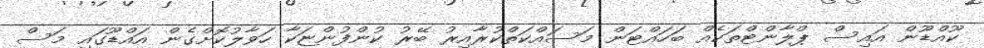
ކޫއްޑޫން އައިސް ޕްލާންޓްތަކެއް ބަހައްޓަން މަސައްކަތްކުރާއިރު ބޭރު ކުންފުންޏަކާ ހަވާލުކޮށްގެން އައްޑޫގައި މަސް